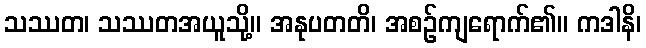
သဿတ၊ သဿတအယူသို့။ အနုပတတိ၊ အစဉ်ကျရောက်၏။ ကဒါနိ၊